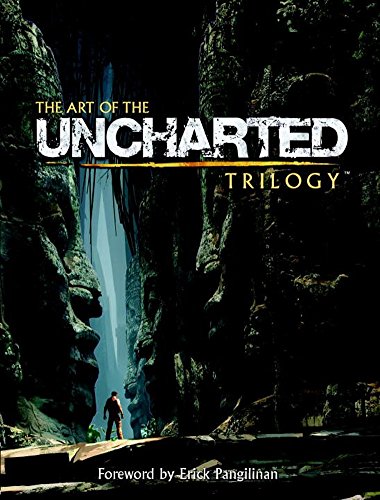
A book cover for The Art of the Uncharted Trilogy; Naughty Dog; Humor & Entertainment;